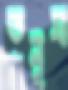
তনুত্র